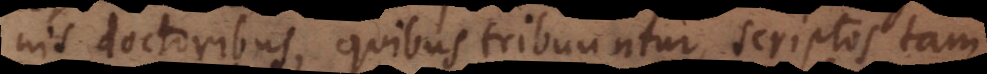
nis doctoribus, quibus tribuuntur, scriptos tam